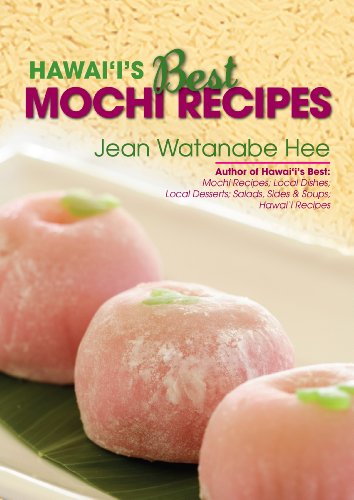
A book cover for Hawaii's Best Mochi Recipes; Jean Watanabe Hee; Cookbooks, Food & Wine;